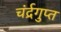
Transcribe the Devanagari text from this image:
चंर्द्रगुप्त